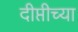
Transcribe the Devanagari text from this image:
दीप्तीच्या